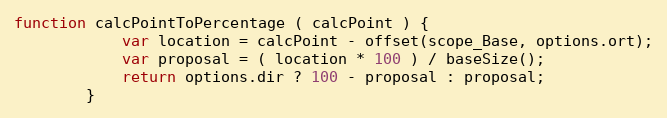
Language: JavaScript
function calcPointToPercentage ( calcPoint ) {
            var location = calcPoint - offset(scope_Base, options.ort);
            var proposal = ( location * 100 ) / baseSize();
            return options.dir ? 100 - proposal : proposal;
        }